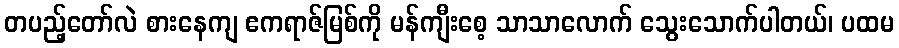
တပည့်တော်လဲ စားနေကျ ဧကရာဇ်မြစ်ကို မန်ကျီးစေ့ သာသာလောက် သွေးသောက်ပါတယ်၊ ပထမ